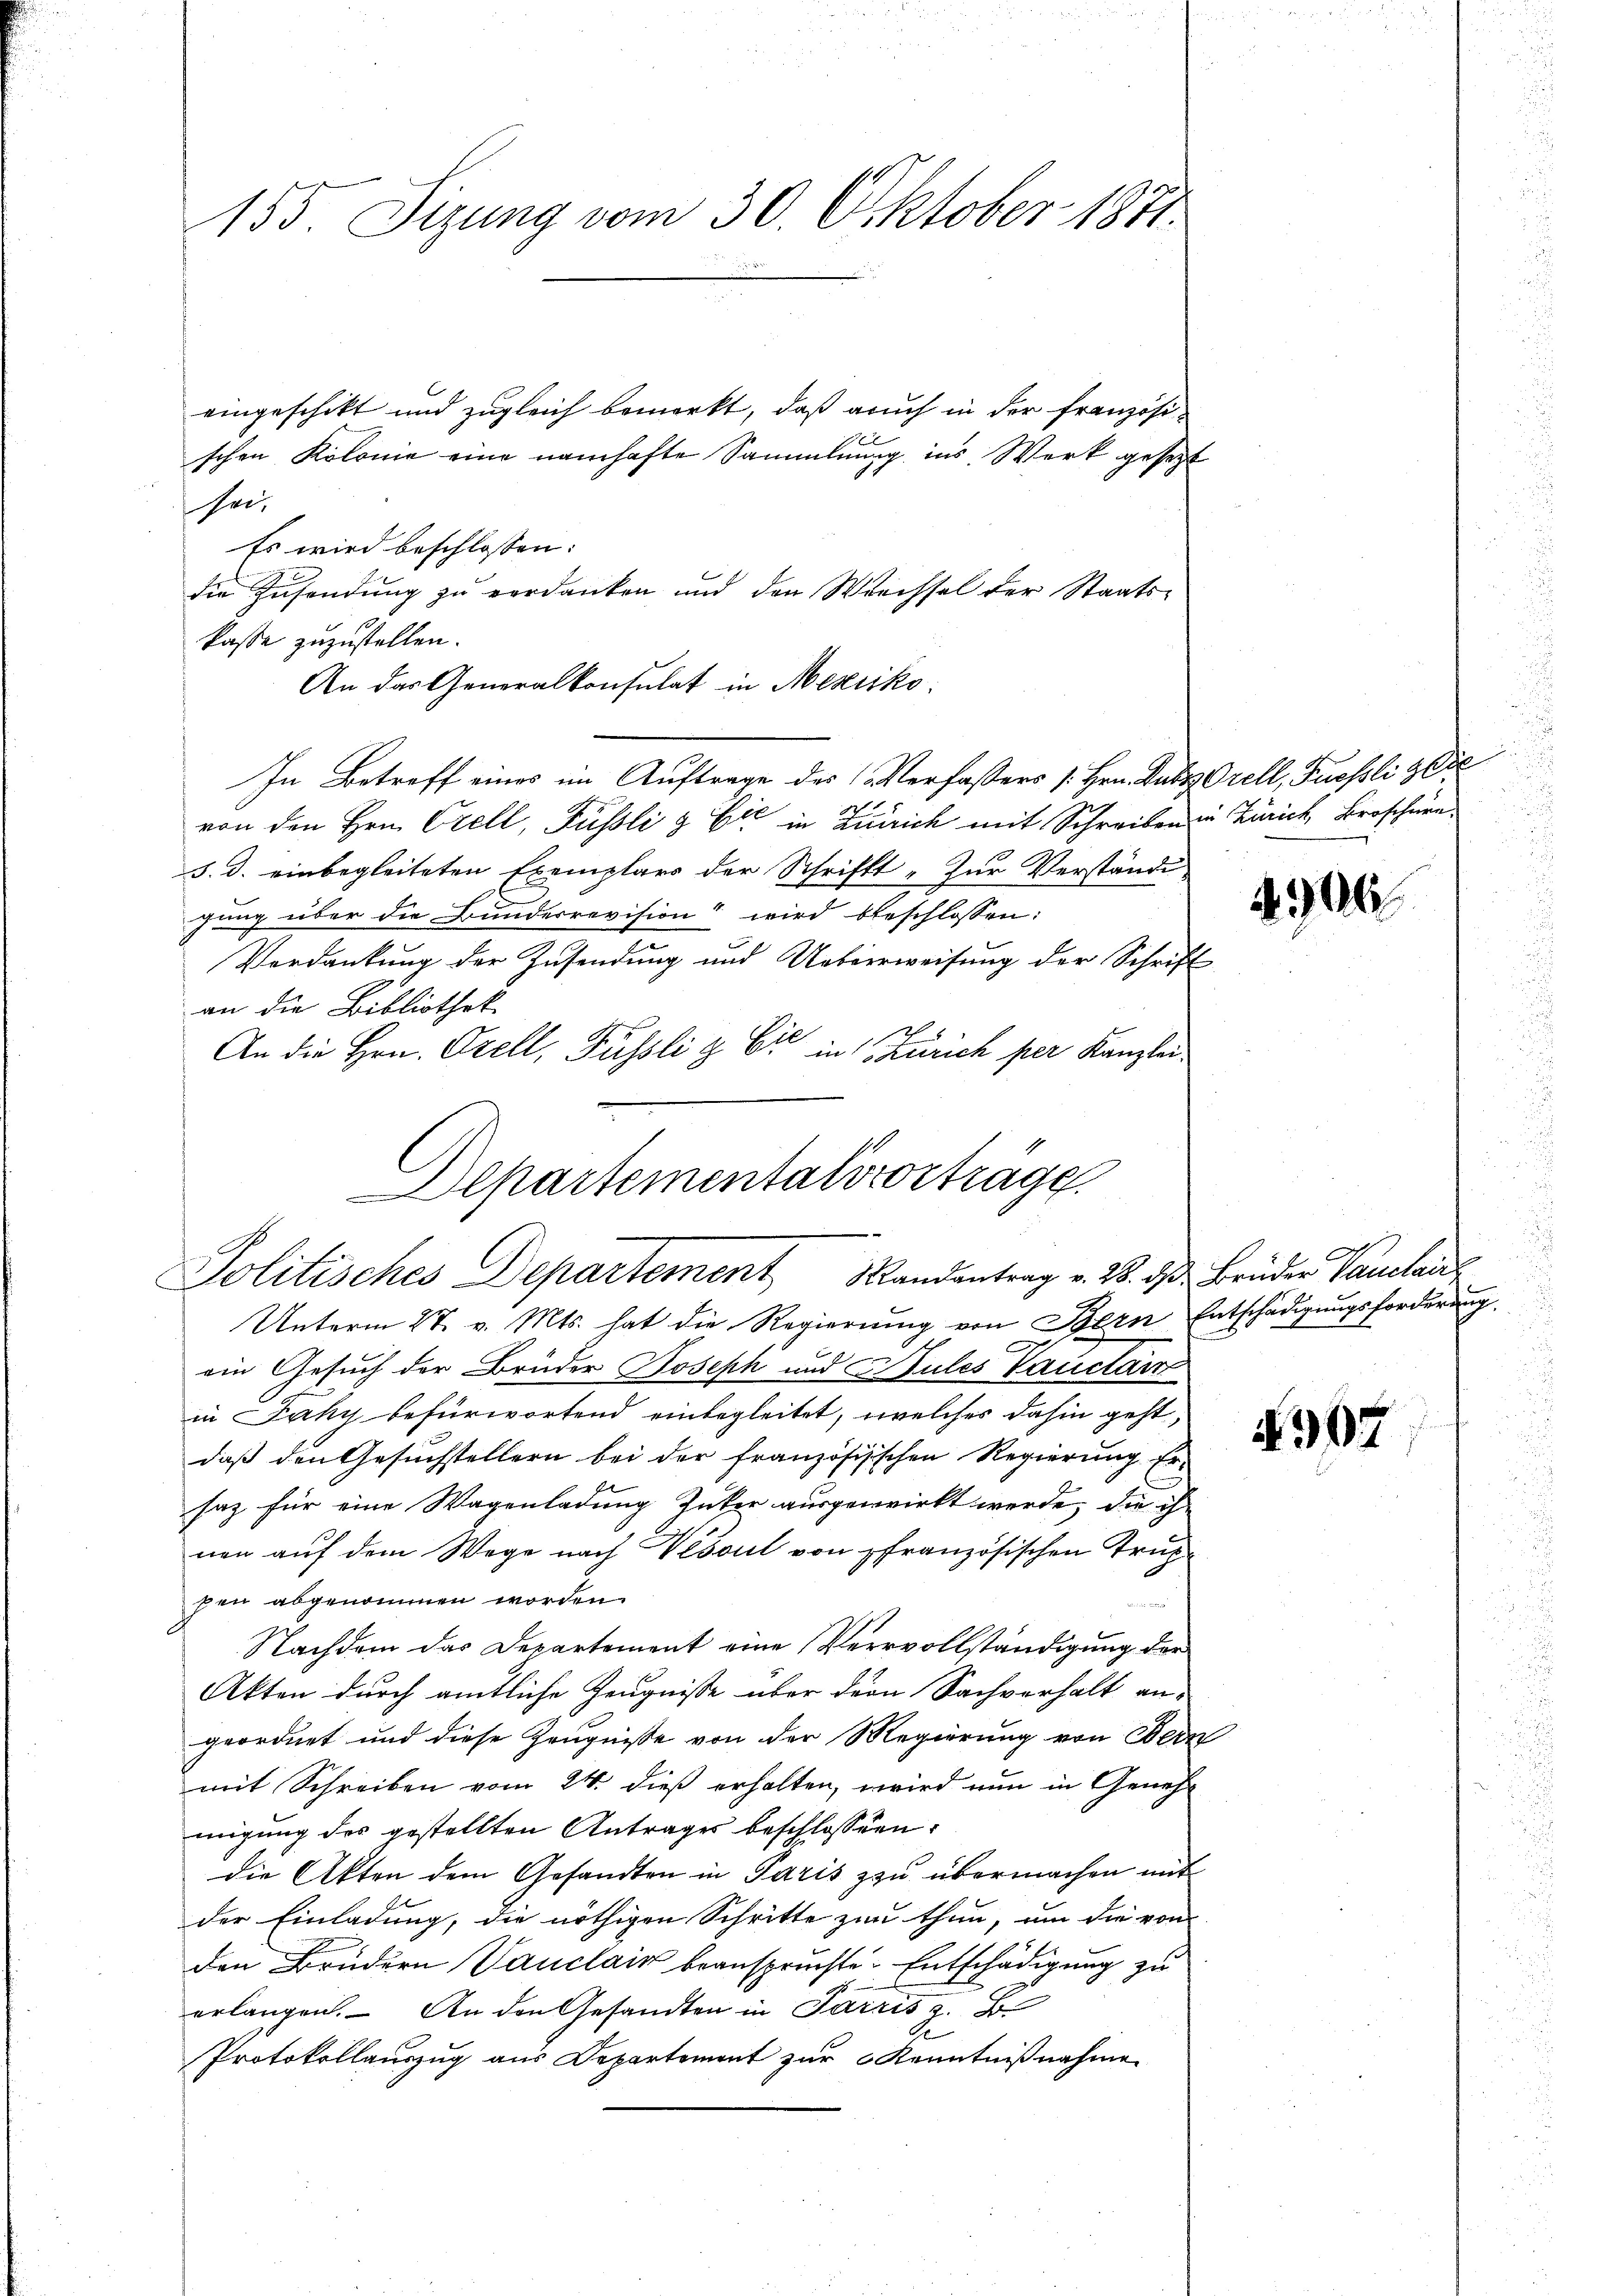
155 Sizung vom 30. Oktober 1871.

eingeschikt und zugleich bemerkt, daß auch in der französi¬
 x
schen Kolonie eine namhafte Sammlung ins Werk gesetzt
sei¬
Es wird beschlossen:
die Zusendung zu verdanken und den Wechsel der Staatskasse zuzustellen.
An das Generalkonsulat in Mexiko
In Betreff eines im Auftrage des Verfassers [Hrn. Kuss. Orell, Fussoli 308
von den Hrn. Orell, Füssli & Cie in Zürich mit Schreiben in Zürich, Broschüre
d. d. einbegleiteten Exemplars der Schrift „Zur Verständi-
gung über die Bundesrevision“ wird beschlossen:
Verdankung der Zusendung und Ueberweisung der Schrift
an die Bibliothek
An die Hrn. Orell, Füssli & Cie in Zürich per Kanzlei
A
Unterm 27. v. Mts. hat die Regierung von Bern Entschädigungsforderung
ein Gesuch der Brüder Joseph und Pules Vauctant
in Jaky befürwortend einbegleitet, welches dahin geht,
daß den Gesuchstellern bei der französischen Regierŭng er-
t
saz für eine Wagenladung Zucker ausgewirkt werde, die ihr
nen auf dem Wege nach Vešoul von pfranzösischen Truppen abgenommen worden.
5
Nachdem das Departement eine Verrvollständigung der
Akten durch amtliche Zeugnisse über der Sachverhalt angeordnet und diese Zeugnisse von der Regierung von Bern
mit Schreiben vom 24. dieß erhalten, wird nun in Genehmigung des gestellten Antrages beschlossen:
die Akten dem Gesandten in Paris zu übermachen mit
der Einladung, die nöthigen Schritte zur thun, um die von
den Brudern Vauclain beanspruchte Entschädigung zu
erlangen. – An den Gesandten in Parzis z. B.
Protokollauszug aus Departement zur Kenntnißnahme

Departementalovorträge.
Politisches Departement Mandantrag v. 28. d. Brüder Vanclau

4906.

s

907